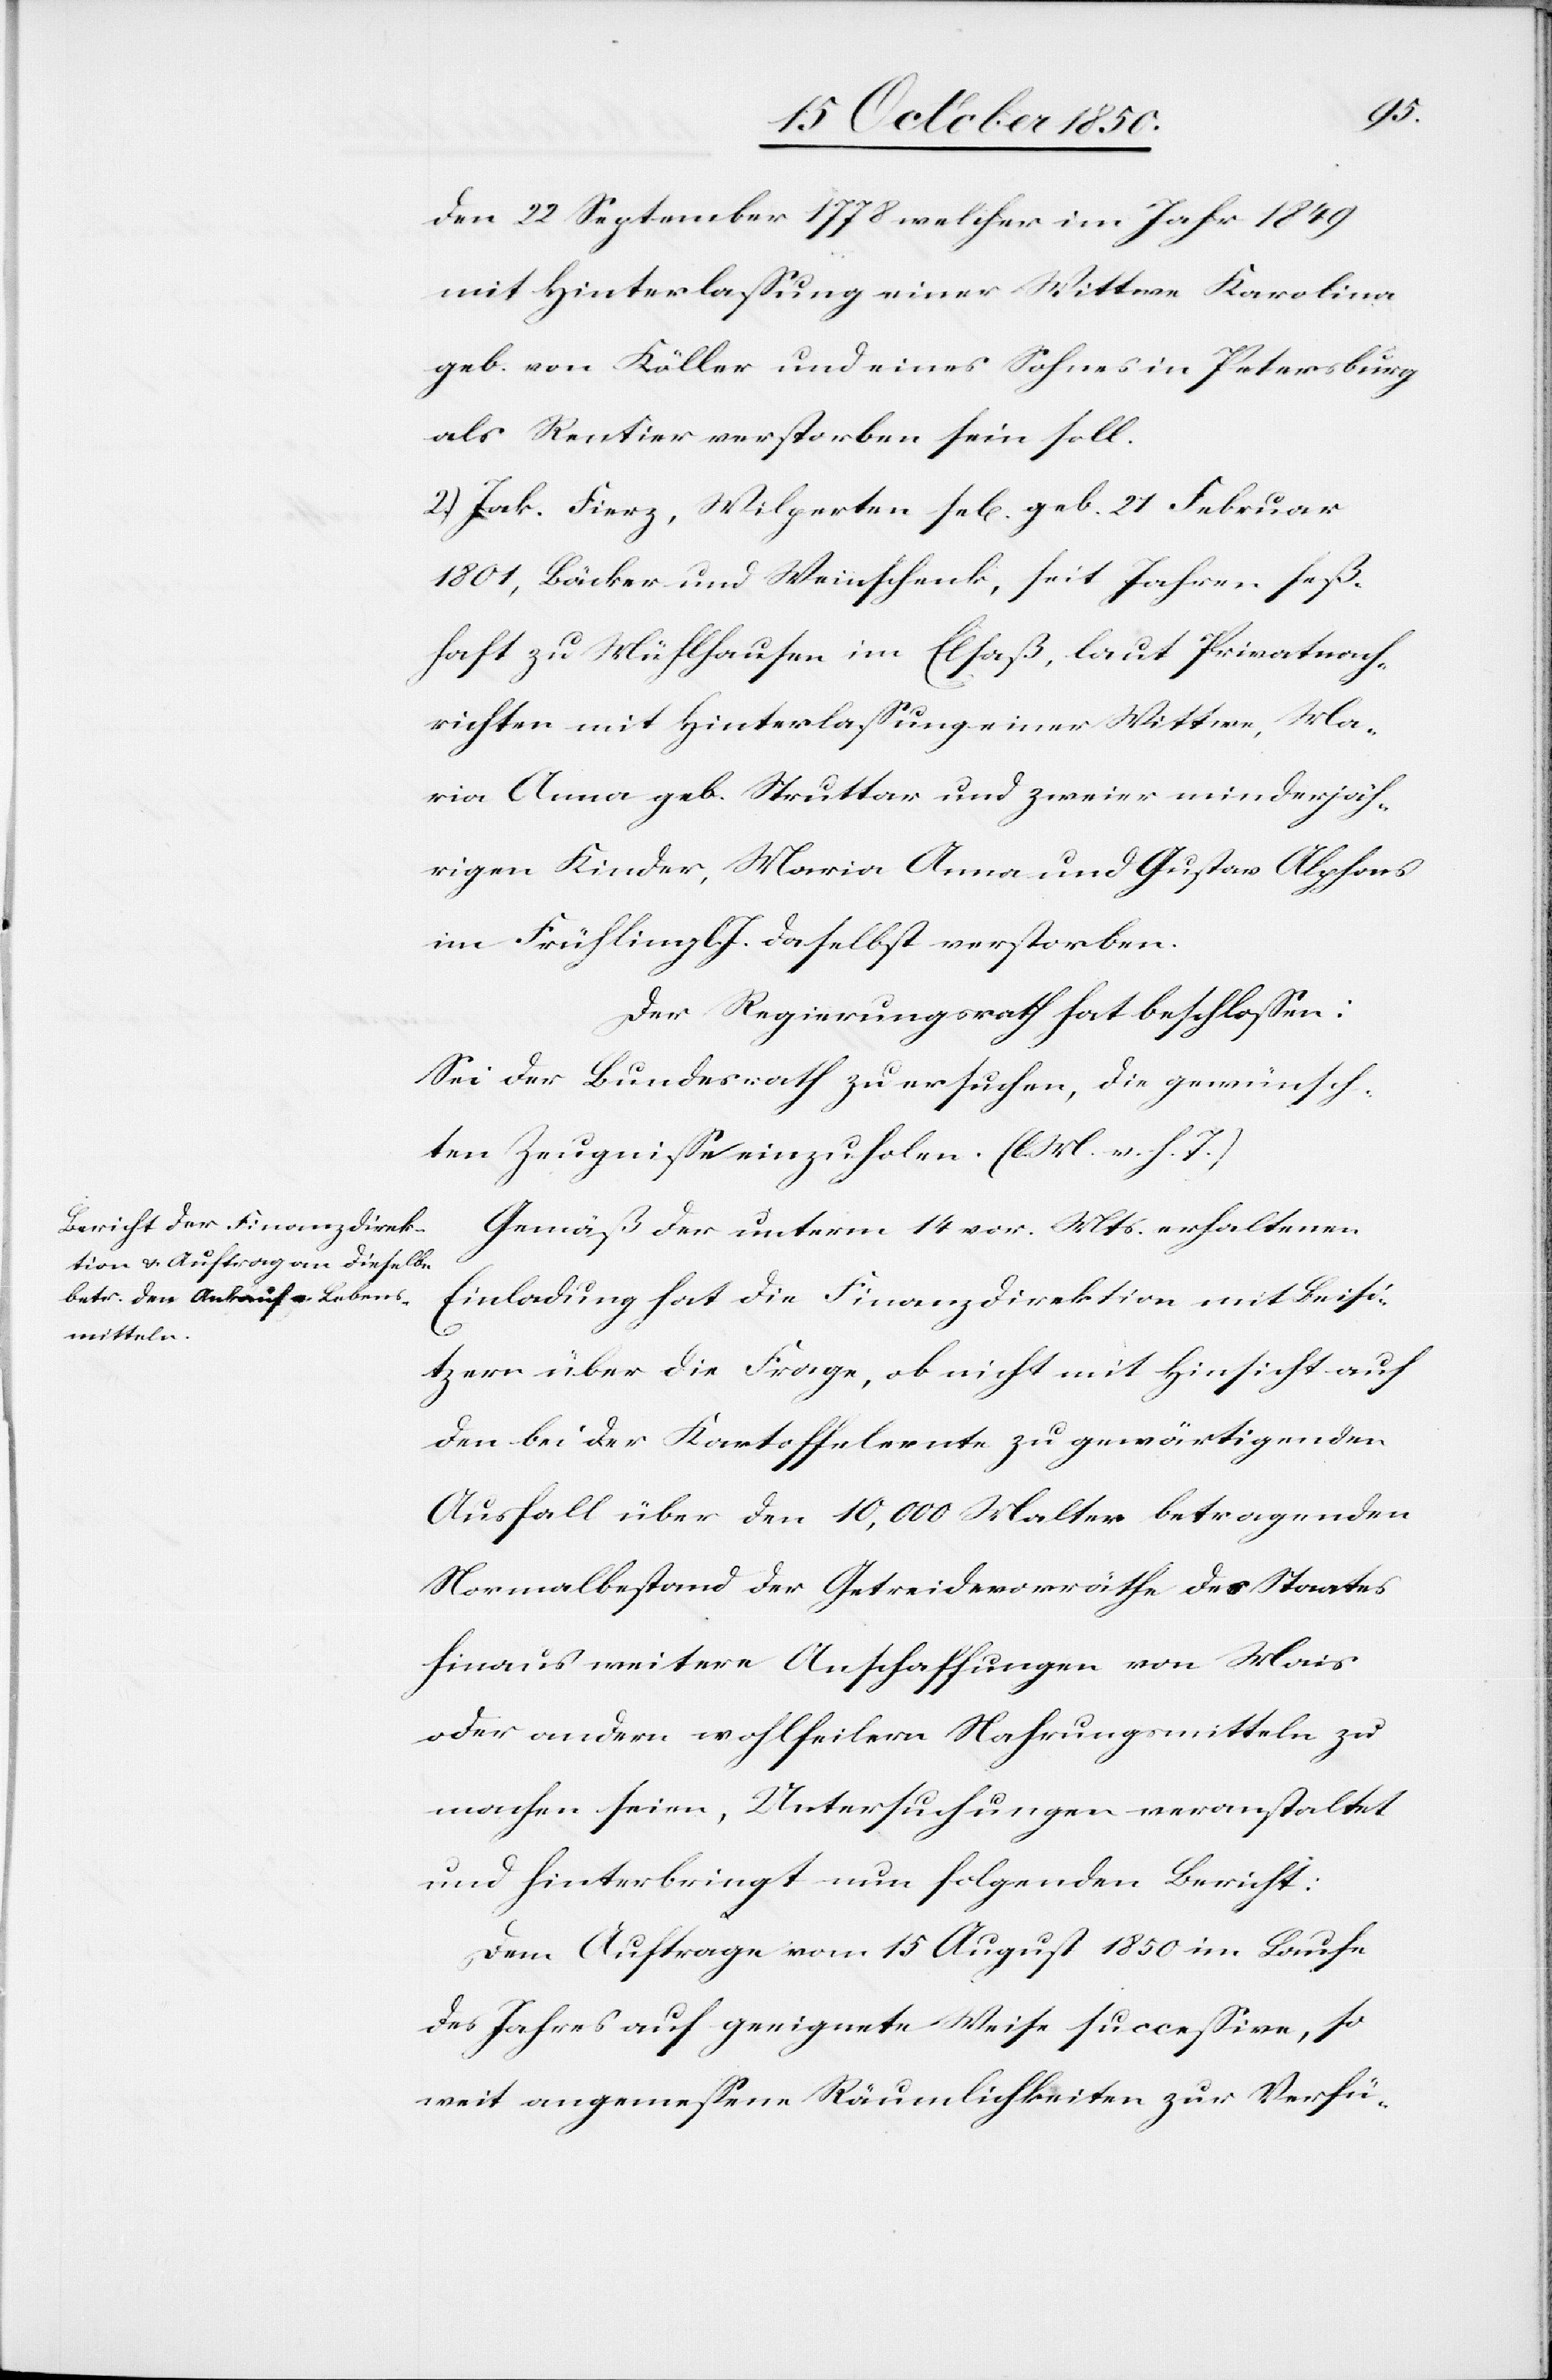
den 22 September 1778 welcher im Jahr 1849
mit Hinterlassung einer Wittwe Karolina
geb. von Köller und eines Sohnes in Petersburg
als Rentier verstorben sein soll.
2.) Jak. Fierz, Wilperten se[lig] geb. 21 Februar
1801, Bäcker und Weinschenk, seit Jahren seß¬
haft zu Mühlhausen im Elsaß, laut Privatnach¬
richten mit Hinterlassung einer Wittwe, Ma¬
ria Anna geb. Struttar und zweier minderjäh¬
rigen Kinder, Maria Anna und Gustav Alphons
im Frühling l. J. daselbst verstorben.
Der Regierungsrath hat beschlossen:
Sei der Bundesrath zu ersuchen, die gewünsch¬
ten Zeugnisse einzuholen. (l. M. v. h. T.)
Gemäß der unterm 14 vor. Mts. erhaltenen
Einladung hat die Finanzdirektion mit Beisi¬
tzern über die Frage, ob nicht mit Hinsicht auf
den bei der Kartoffelernte zu gewärtigenden
Ausfall über den 10,000 Malter betragenden
Normalbestand der Getreidevorräthe des Staates
hinaus weitere Anschaffungen von Mais
oder andern wohlfeilern Nahrungsmitteln zu
machen seien, Untersuchungen veranstaltet
und hinterbringt nun folgenden Bericht:
Dem Auftrage vom 15 August 1850 im Laufe
des Jahres auf geeignete Weise successive, so
weit angemessene Räumlichkeiten zur Verfü-